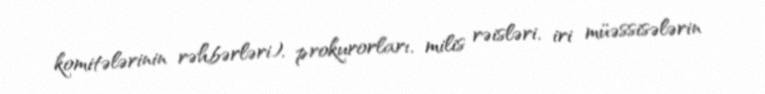
komitələrinin rəhbərləri), prokurorları, milis rəisləri, iri müəssisələrin